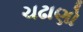
ચઢાણો